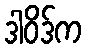
ဒါဝိဒ်က